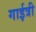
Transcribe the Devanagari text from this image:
गाईत्री